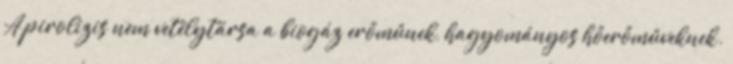
A pirolizis nem vetélytársa a biogáz erőműnek, hagyományos hőerőműveknek.